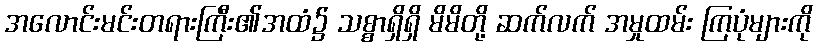
အလောင်းမင်းတရားကြီး၏အထံ၌ သစ္စာရှိရှိ မိမိတို့ ဆက်လက် အမှုထမ်း ကြပုံများကို